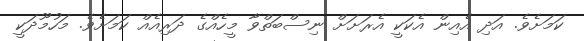
ކަމަށެވެ. އަދި އެއިން އެކަކީ އެރަށަށް ނިސްބަތްވާ މީހެއްގެ ދަރިއެއް ކަމަށެވެ. މަހުމޫދަކީ